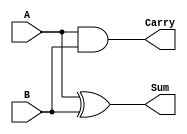
module half_adder (
    input wire A,          // First input bit
    input wire B,          // Second input bit
    output wire Sum,       // Sum output
    output wire Carry      // Carry output
);
    assign Sum = A ^ B;    // Sum is A XOR B
    assign Carry = A & B;  // Carry is A AND B
endmodule